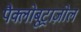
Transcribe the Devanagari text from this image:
पैक्लोबूट्राज़ोल